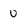
Character: u